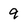
Character: 9